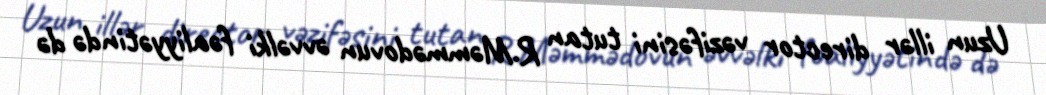
Uzun illər director vəzifəsini tutan R.Məmmədovun əvvəlki fəaliyyətində də